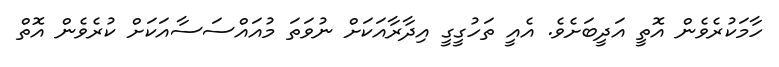
ހާމަކުރެވެން އޮތީ އަދީބަށެވެ. އެއީ ތަހުގީގީ އިދާރާއަކަށް ނުވަތަ މުއައްސަސާއަކަށް ކުރެވެން އޮތް